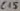
Text: C15